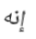
إنه